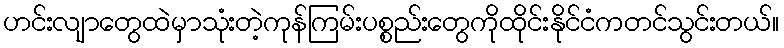
ဟင်းလျာတွေထဲမှာသုံးတဲ့ကုန်ကြမ်းပစ္စည်းတွေကိုထိုင်းနိုင်ငံကတင်သွင်းတယ်။